Vaccination in the Punjab 1919-1929 - 1919-1929
Year: 1919
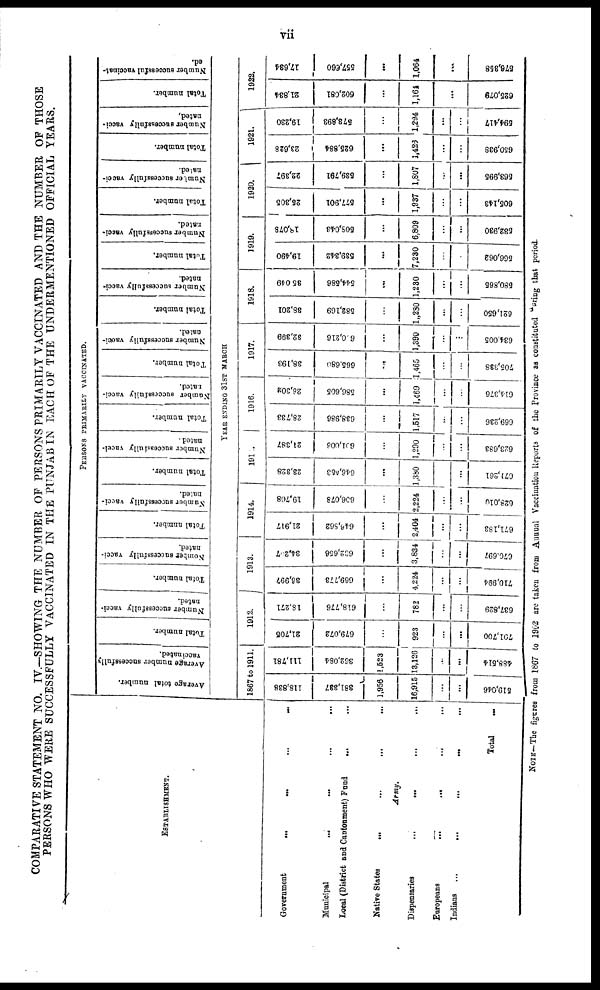
vii
COMPARATIVE STATEMENT NO. IV.—SHOWING THE NUMBER OF PERSONS PRIMARILY VACCINATED AND THE NUMBER OF THOSE
PERSONS WHO WERE SUCCESSFULLY VACCINATED IN THE PUNJAB IN EACH OF THE UNDERMENTIONED OFFICIAL YEARS.
ESTABLISHMENT.
Government
...
...
...
...
Municipal ... ... ... ...
Local (District and Cantonment) Fund
... ...
Native States
...
Army.
Dispensaries
...
...
Europeans
...
... ... ...
Indians
...
...
...
...
...
Total
...
PERSONS PRIMARILY VACCINATED.
Average total number.
Average number successfully
vaccinated.
Total number.
Number successfully vacci-
nated.
Total number.
Number successfully vacci-
nated.
Total number.
Number successfully vacci-
nated.
Total number.
Number successfully vacci-
nated .
Total number.
Number successfully vacci¬
nated.
Total number.
Number successfully vacci¬
nated.
Total number.
Number successfully vacci-
nated.
Total number.
Number successfully vacci-
nated.
Total number.
Number successfully vacci-
nated.
Total number.
Number successfully vacci-
nated.
Total number.
Number successfully vaccinat-
ed.
YEAR ENDING 31ST MARCH
1867 to 1911.
118,838
381,337
1,956
16,915
...
...
519,046
111,781
362,084
1,523
13,126
...
...
488,514
1912.
21,705
679,072
...
923
701,700
18,271
618,776
782
...
637,829
1913.
36,997
669,773
...
4,224
...
...
710,994
34,207
632,656
3,834
...
870,697
1914.
21,917
646,862
2,404
...
...
671,183
19,708
606,078
2,224
...
...
628,010
1915.
23,328
646,553
...
1,380
...
671,261
21,387
601,006
...
1,290
...
...
623,683
1916.
28,733
638,986
...
1,517
669,236
26,302
586,605
...
1,469
614,376
1917.
38,193
665,680
...
1,465
...
705,338
32,399
600,216
...
1,390
634,005
1918.
88,201
582,169
1„280
...
621,650
35,049
544,586
...
1,230
...
...
580,865
1919.
19,490
539,342
7,230
...
566,062
18,078
508,043
...
6,809
...
...
582,980
1920.
25,305
577,901
...
1,937
605,143
22,397
539,791
...
1,807
...
...
563,995
1921.
23,628
625,884
...
1,426
...
650,938
19,230
578,893
1,294
...
594,417
1922.
21,834
602,081
...
1,164
625,079
17,634
557,660
...
1,064
576,358
NOTE—The figures from 1867 to 1902 are taken from Annual Vaccination Reports of the Province as constituted during that period.